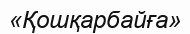
«Қошқарбайға»